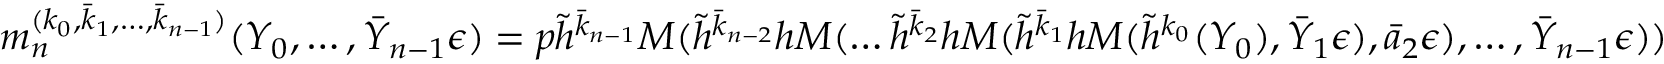
m _ { n } ^ { ( k _ { 0 } , \bar { k } _ { 1 } , \dots , \bar { k } _ { n - 1 } ) } ( Y _ { 0 } , \dots , \bar { Y } _ { n - 1 } \epsilon ) = p \tilde { h } ^ { \bar { k } _ { n - 1 } } M ( \tilde { h } ^ { \bar { k } _ { n - 2 } } h M ( \dots \tilde { h } ^ { \bar { k } _ { 2 } } h M ( \tilde { h } ^ { \bar { k } _ { 1 } } h M ( \tilde { h } ^ { k _ { 0 } } ( Y _ { 0 } ) , \bar { Y } _ { 1 } \epsilon ) , \bar { a } _ { 2 } \epsilon ) , \dots , \bar { Y } _ { n - 1 } \epsilon ) )